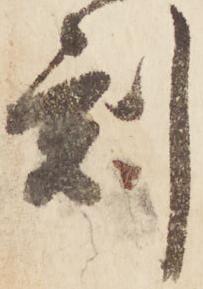
刻